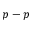
p - p